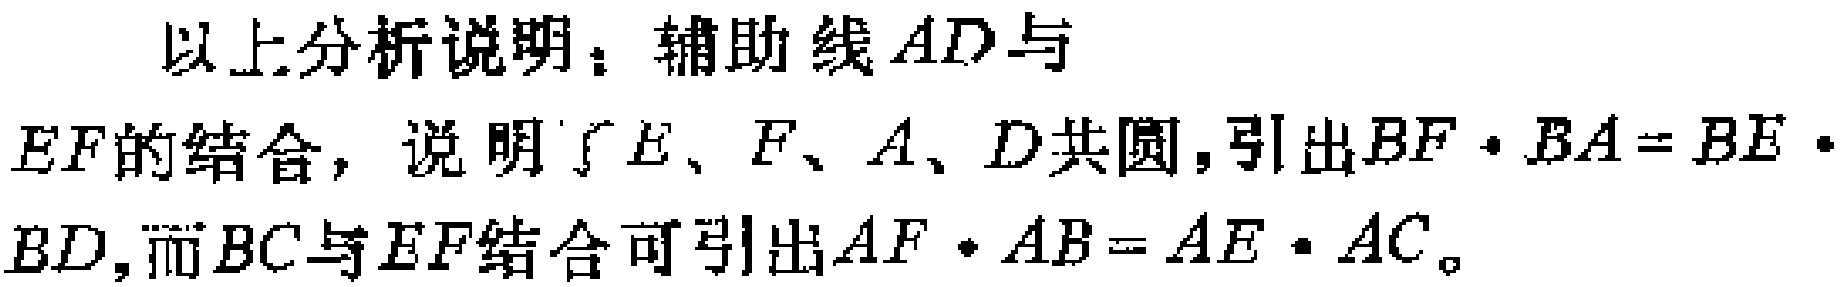
以上分析说明：辅助线\(AD\)与\(EF\)的结合，说明了\(E、F、A、D\)共圆，引出\(BF\cdot BA = BE\cdot BD\)，而\(BC\)与\(EF\)结合可引出\(AF\cdot AB = AE\cdot AC\)。